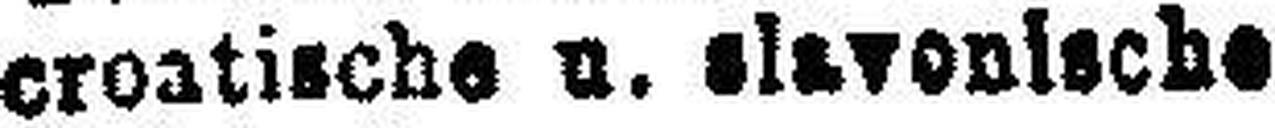
5% " croatische u. elavonlsche